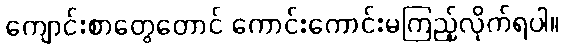
ကျောင်းစာတွေတောင် ကောင်းကောင်းမကြည့်လိုက်ရပါ။